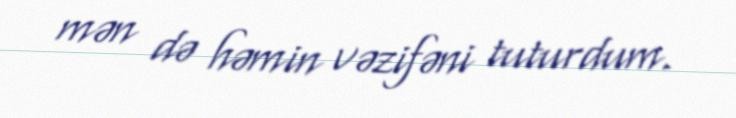
mən də həmin vəzifəni tuturdum.